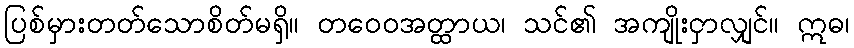
ပြစ်မှားတတ်သောစိတ်မရှိ။ တဝေဝအတ္ထာယ၊ သင်၏ အကျိုးငှာလျှင်။ ဣဓ၊